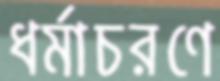
ধর্মাচরণে